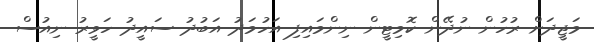
މަޖީދަށް ރުހުން ނުދޭން ކޮމިޓީން ނިންމައިފި އަހުމަދު އަބުދު ސައީދު ހަވީރު ނިއުސް